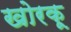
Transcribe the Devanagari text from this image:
खोरकू